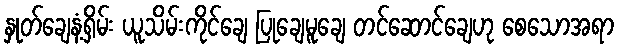
နှုတ်ချေနံ့ရှိမ်း ယူသိမ်းကိုင်ချေ ပြုချေမူချေ တင်ဆောင်ချေဟု စေသောအရာ